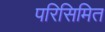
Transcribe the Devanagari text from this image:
परिसिमित